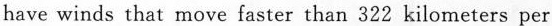
have winds that move faster than 322 kilometers per